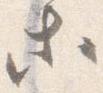
等